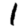
Digit: 1